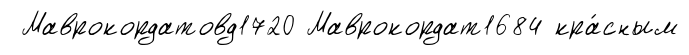
Маврокордатовд1720 Маврокордат1684 кра́сным